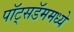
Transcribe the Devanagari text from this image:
पॉट्सडॅममध्ये